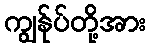
ကျွန်ုပ်တို့အား